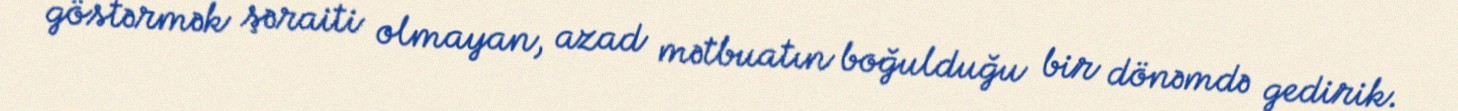
göstərmək şəraiti olmayan, azad mətbuatın boğulduğu bir dönəmdə gedirik.